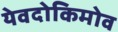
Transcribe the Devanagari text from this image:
येवदोकिमोव